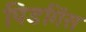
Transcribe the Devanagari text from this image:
पिडगिंस